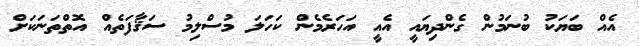
އެއް ބަޔަކު ބުނަމުން ގެންދިޔައީ އެއީ އަހަރެމެން ކަހަލަ މުސްލިމު ސަޤާފަތެއް އޮތްތަނަކަށް